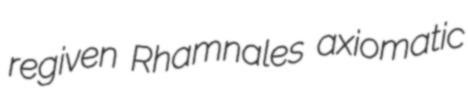
regiven Rhamnales axiomatic